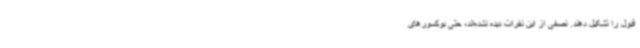
قبول را تشکیل دهند. نصفی از این نفرات دیده نشده‌اند، حتی بوکسورهای